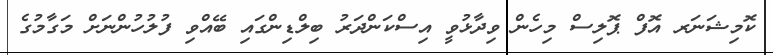
ކޮމިޝަނަރ އޮފް ޕޮލިސް މިހެން ވިދާޅުވީ އިސްކަންދަރު ބިލްޑިންގައި ބޭއްވި ފުލުހުންނަށް މަގާމުގެ